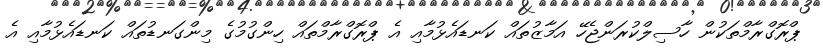
ޕްރޮގްރާމްތަކުން ހާސިލްކުރަންޖެހޭ އަމާޒުތައް ކަނޑައެޅުމާއި އެ ޕްރޮގްރާމްތައް ހިންގުމުގެ މިންގަނޑުތައް ކަނޑައެޅުމާއި އެ